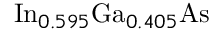
\mathrm { I n } _ { 0 . 5 9 5 } \mathrm { G a } _ { 0 . 4 0 5 } \mathrm { A s }